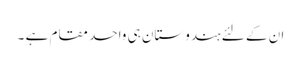
ان کے لئے ہندوستان ہی واحد مقام ہے ۔